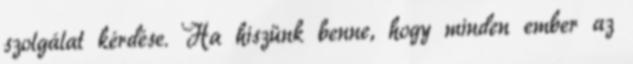
szolgálat kérdése. Ha hiszünk benne, hogy minden ember az